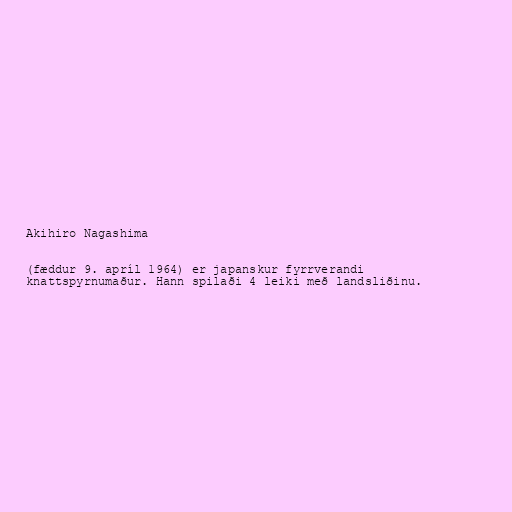
Akihiro Nagashima

(fæddur 9. apríl 1964) er japanskur fyrrverandi
knattspyrnumaður. Hann spilaði 4 leiki með landsliðinu.